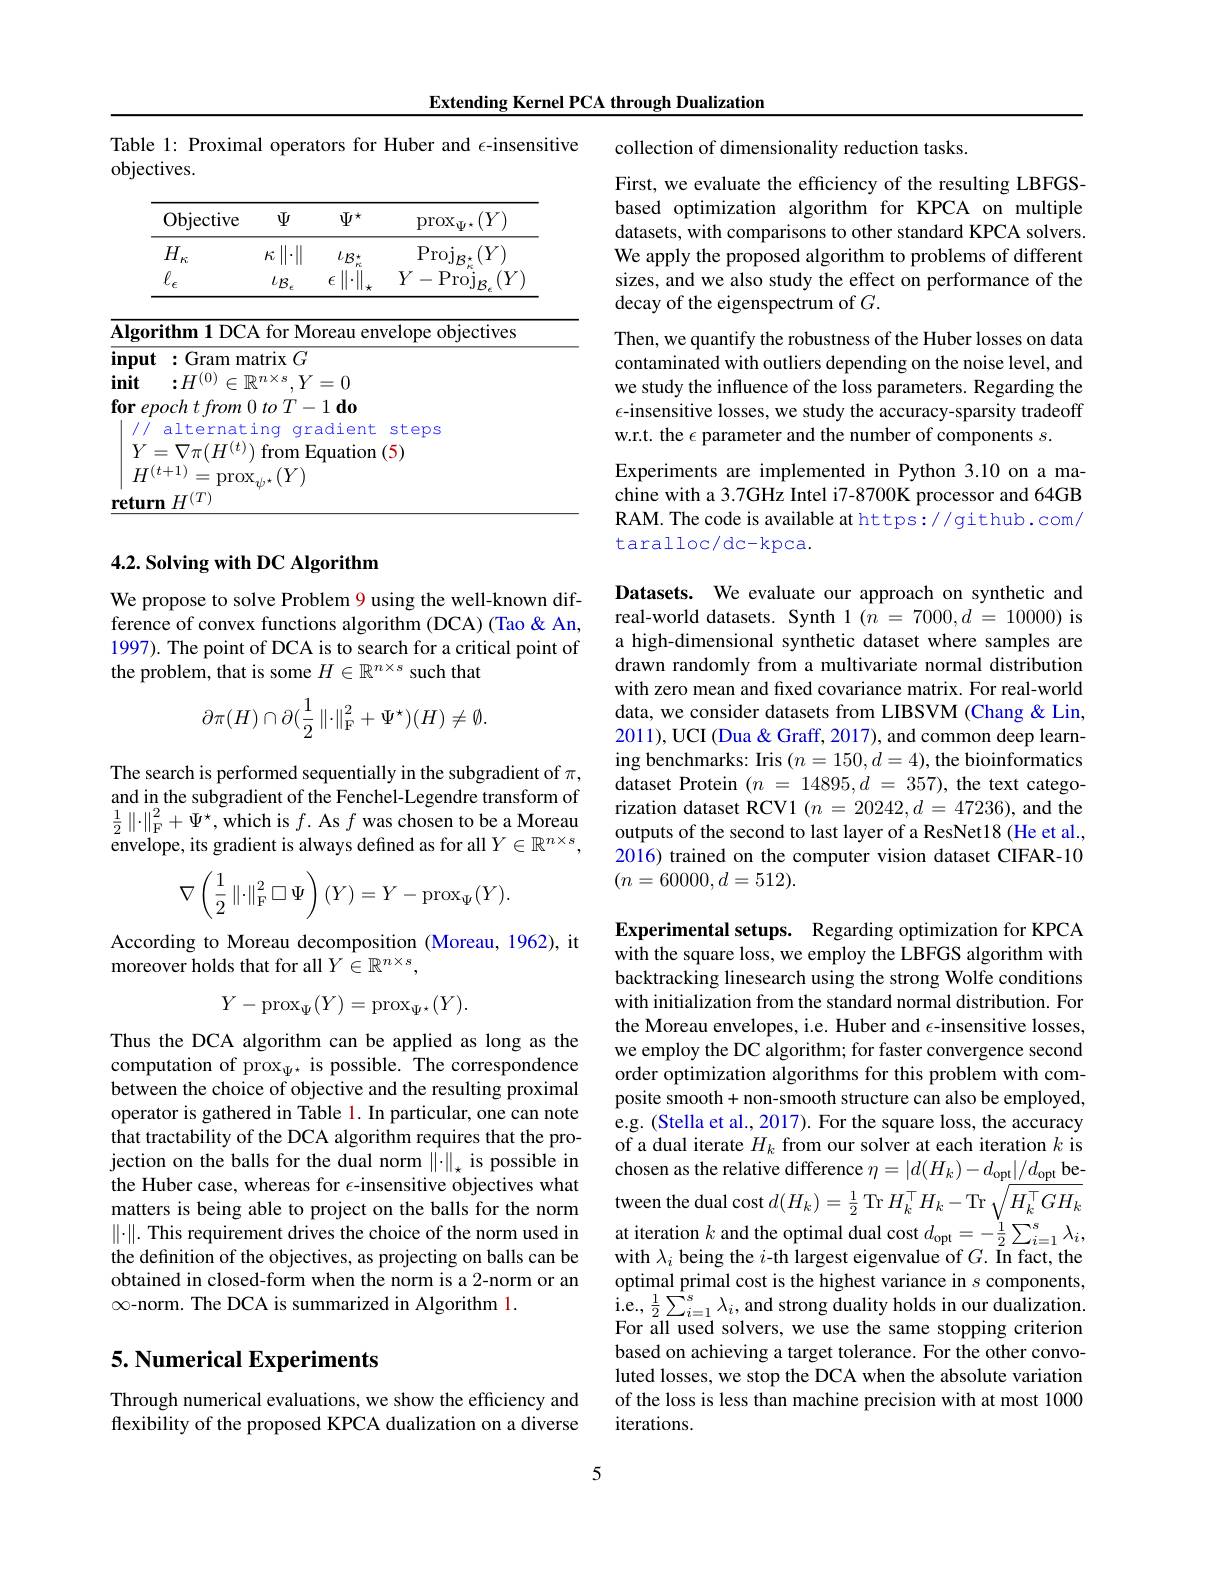
Extending Kernel PCA through Dualization

Table 1: Proximal operators for Huber and $\epsilon$-insensitive
objectives.

<table>
	<tbody>
		<tr>
			<th>Objective</th>
			<th>$\Psi$</th>
			<th>$\Psi^{\star}$</th>
			<th>$(Y)$ $\mathrm{prox}_{\Psi}$</th>
		</tr>
	</tbody>
</table>

## 4.2. Solving with DC Algorithm

We propose to solve Problem 9 using the well-known difference of convex functions algorithm (DCA) (Tao&An, 1997). The point of DCA is to search for a critical point of the problem, that is some $H\in\mathbb{R}^n\times s$ such that
$$\partial\pi(H)\cap\partial(\frac{1}{2}\left\|\cdot\right\|_{\mathrm{F}}^{2}+\Psi^{\star})(H)\neq\emptyset.$$
The search is performed sequentially in the subgradient of $\pi$, and in the subgradient of the Fenchel-Legendre transform of $\frac{1}{2}\left\|\cdot\right\|_{\mathrm{F}}^{2}+\Psi^{\star}$,which is $f.$ As $f$ was chosen to be a Moreau envelope, its gradient is always defined as for all $Y\in\mathbb{R}^n\times s$,
$$\nabla\left(\frac{1}{2}\left\|\cdot\right\|_{\mathrm{F}}^{2}\square\Psi\right)(Y)=Y-\mathrm{prox}_{\Psi}(Y).$$
According to Moreau decomposition (Moreau, 1962), it
moreover holds that for all $Y\in\mathbb{R}^n\times s$,
$$Y-\mathrm{prox}_{\Psi}(Y)=\mathrm{prox}_{\Psi^{\star}}(Y).$$
Thus the DCA algorithm can be applied as long as the computation of prox$_{\Psi^{\star}}$ is possible. The correspondence between the choice of objective and the resulting proximal operator is gathered in Table 1. In particular, one can note that tractability of the DCA algorithm requires that the projection on the balls for the dual norm $\left\|\cdot\right\|_\star$ is possible in the Huber case, whereas for $\epsilon$-insensitive objectives what matters is being able to project on the balls for the norm $\|\cdot\|.$ This requirement drives the choice of the norm used in the definition of the objectives, as projecting on balls can be obtained in closed-form when the norm is a 2-norm or an $\infty$-norm. The DCA is summarized in Algorithm 1.

## 5. Numerical Experiments

Through numerical evaluations, we show the efficiency and flexibility of the proposed KPCA dualization on a diverse

collection of dimensionality reduction tasks.

First, we evaluate the efficiency of the resulting LBFGSbased optimization algorithm for KPCA on multiple datasets, with comparisons to other standard KPCA solvers. We apply the proposed algorithm to problems of different sizes, and we also study the effect on performance of the decay of the eigenspectrum of $G.$
Then, we quantify the robustness of the Huber losses on data contaminated with outliers depending on the noise level, and we study the influence of the loss parameters. Regarding the $\epsilon$-insensitive losses, we study the accuracy-sparsity tradeoff w.r.t. the $\epsilon$ parameter and the number of components $s.$
Experiments are implemented in Python 3.10 on a machine with a 3.7GHz Intel i7-8700K processor and 64GB RAM. The code is available at https://github.com/

taralloc/dc-kpca.

Datasets. We evaluate our approach on synthetic and real-world datasets. Synth $1(n=7000,d=10000)$ is a high-dimensional synthetic dataset where samples are drawn randomly from a multivariate normal distribution with zero mean and fixed covariance matrix. For real-world data, we consider datasets from LIBSVM (Chang & Lin, 2011), UCI (Dua & Graff, 2017), and common deep learning benchmarks: Iris $(n=150,d=4)$, the bioinformatics dataset Protein $( n$ = $14895, d$ = 357), the text categorization dataset RCV1 $(n=20242,d=47236)$, and the outputs of the second to last layer of a ResNet18 (He et al. 2016) trained on the computer vision dataset CIFAR-10 $(n=60000,d=512).$

Experimental setups. Regarding optimization for KPCA with the square loss, we employ the LBFGS algorithm with backtracking linesearch using the strong Wolfe conditions with initialization from the standard normal distribution. For the Moreau envelopes, i.e. Huber and $\epsilon$-insensitive losses, we employ the DC algorithm; for faster convergence second order optimization algorithms for this problem with composite smooth+ non-smooth structure can also be employed, e.g. (Stella et al., 2017). For the square loss, the accuracy of a dual iterate $H_k$ from our solver at each iteration $k$ is chosen as the relative difference $\eta=|d(H_{k})-d_{\mathrm{opt}}|/d_{\mathrm{opt}}$ between the dual cost $d(H_k)=\frac12$ Tr $H_k^\top H_k-$Tr $\sqrt{H_k^\top GH_k}$ at iteration $k$ and the optimal dual cost $d_\mathrm{opt}=-\frac{1}{2}\sum_{i=1}^{s}\lambda_{i}$, with $\lambda_i$ being the $i$-th largest eigenvalue of $G.$ In fact, the optimal primal cost is the highest variance in $s$ components, $\begin{array}{l}{\mathrm{i.e,~\frac{1}{2}\sum_{i=1}^{s}\lambda_{i},~and~strong~duality~holds~in~our~dualization.}}\\{\mathrm{E.~1~1~and~strong~duality~holds~in~our~dualization.}}\end{array}$ For all used solvers, we use the same stopping criterion based on achieving a target tolerance. For the other convoluted losses, we stop the DCA when the absolute variation of the loss is less than machine precision with at most 1000 iterations.

5